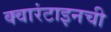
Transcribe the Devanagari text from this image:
क्वारंटाइनची